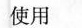
使用